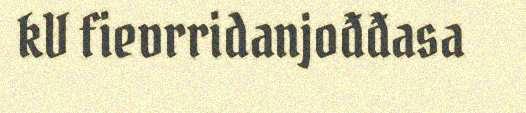
kV fievrridanjođđasa